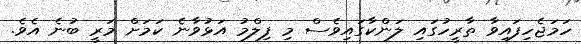
ހަމަޖެހިފައިވާ ތާރީހުގައި ލަންކާގައިވެސް މި ފިލްމު އަޅުވާނެ ކަމަށް މަރީ ބުނެ އެވެ.